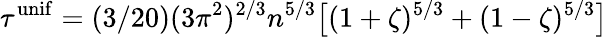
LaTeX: \tau^{\mathrm{unif}}=(3/20)(3\pi^{2})^{2/3}n^{5/3}\big[(1+\zeta)^{5/3}+(1-\zeta)^{5/3}\big]